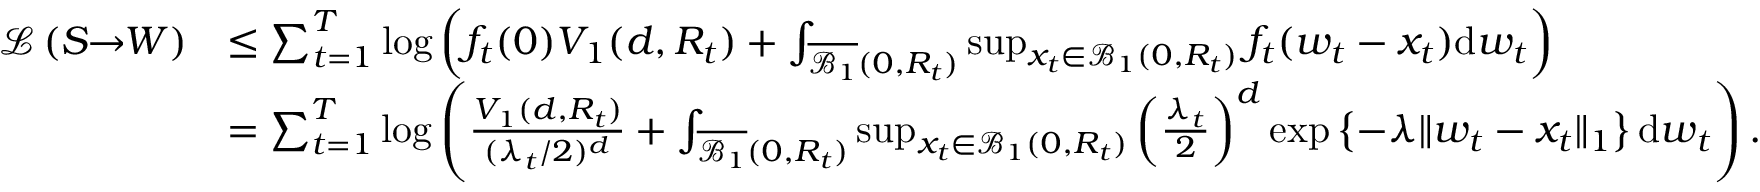
\begin{array} { r l } { \mathcal { L } \left( S \! \! \to \! \! W \right) } & { \leq \sum _ { t = 1 } ^ { T } \log \left( f _ { t } ( 0 ) V _ { 1 } ( d , R _ { t } ) + \int _ { \overline { { \mathcal { B } _ { 1 } } } ( 0 , R _ { t } ) } \operatorname* { s u p } _ { x _ { t } \in \mathcal { B } _ { 1 } ( 0 , R _ { t } ) } f _ { t } ( w _ { t } - x _ { t } ) \mathrm { d } w _ { t } \right) } \\ & { = \sum _ { t = 1 } ^ { T } \log \left( \frac { V _ { 1 } ( d , R _ { t } ) } { ( \lambda _ { t } / 2 ) ^ { d } } + \int _ { \overline { { \mathcal { B } _ { 1 } } } ( 0 , R _ { t } ) } \operatorname* { s u p } _ { x _ { t } \in \mathcal { B } _ { 1 } ( 0 , R _ { t } ) } \left( \frac { \lambda _ { t } } { 2 } \right) ^ { d } \exp \left\lbrace - \lambda \| w _ { t } - x _ { t } \| _ { 1 } \right\rbrace \mathrm { d } w _ { t } \right) . } \end{array}